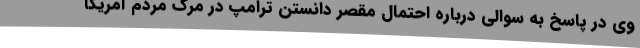
وی در پاسخ به سوالی درباره احتمال مقصر دانستن ترامپ در مرگ مردم آمریکا